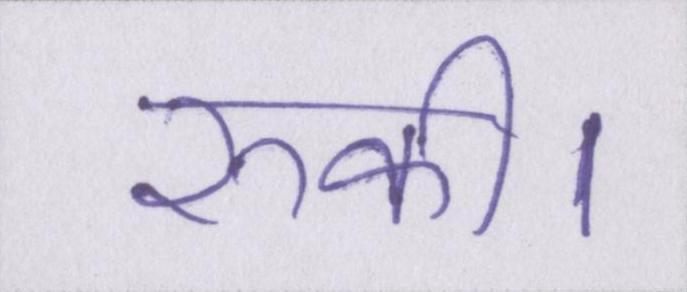
रुकी।